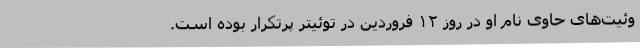
وئیت‌های حاوی نام او در روز ۱۲ فروردین در توئیتر پرتکرار بوده است.